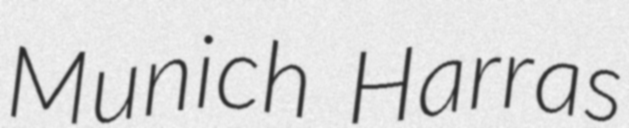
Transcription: Munich Harras